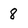
Character: 8